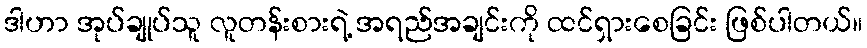
ဒါဟာ အုပ်ချုပ်သူ လူတန်းစားရဲ့ အရည်အချင်းကို ထင်ရှားစေခြင်း ဖြစ်ပါတယ်။